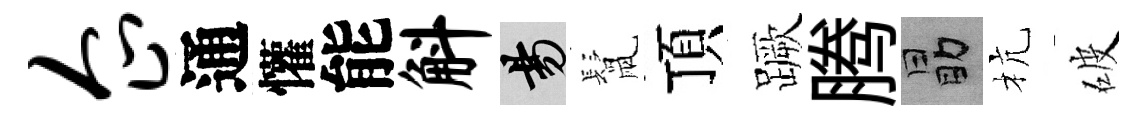
企通懽能斛昜鬛頂蹶腾勗杭破